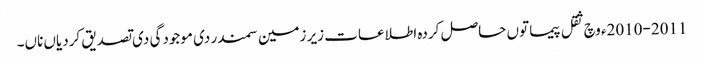
2010-2011ء وچ ثقل پیما تو‏ں حاصل کردہ اطلاعات زیر زمین سمندر دی موجودگی دی تصدیق کردیاں ناں۔